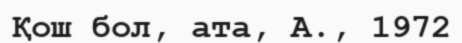
Қош бол, ата, А., 1972